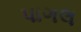
પાગલ